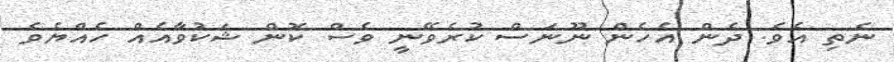
ނެތި އެވެ. ދެން އެހެން ނޫނަސް ކުރެވޭނީ ވެސް ކޮން ޝަކުވާއެއް ހެއްޔެވެ